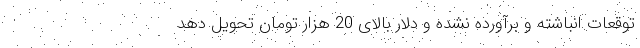
توقعاتِ انباشته و برآورده نشده و دلار بالای 20 هزار تومان تحویل دهد